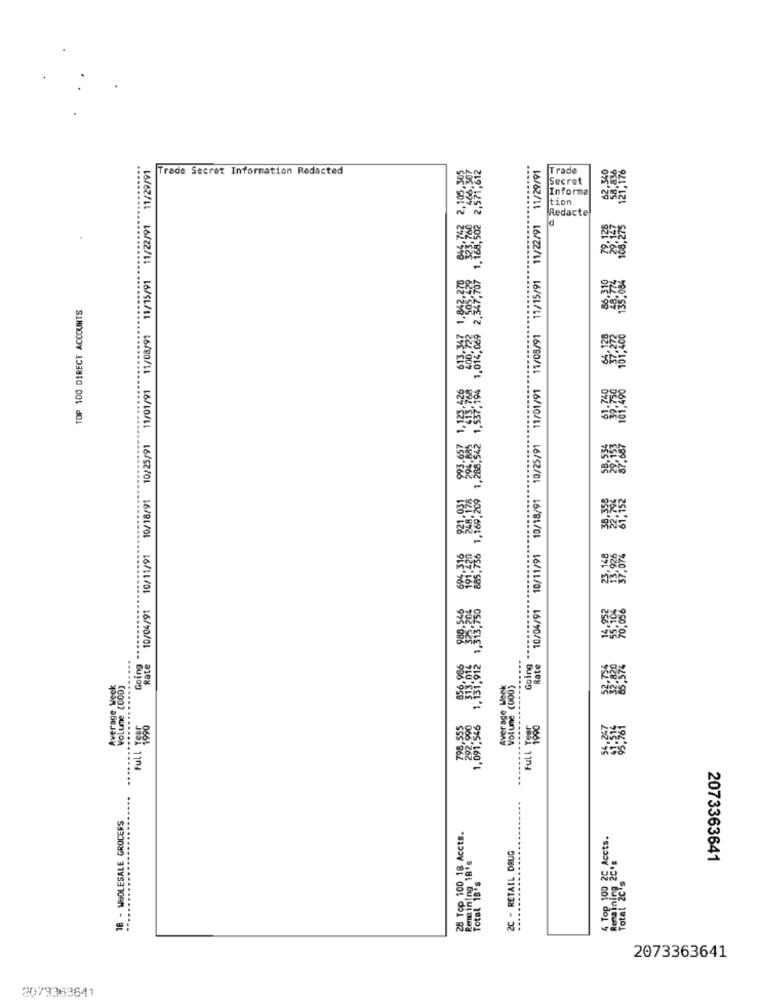
10/25/91 11/01/91 11/08/91 11/15/91 11/22/91 11/29/91
酸奶 ,離開,路將 魚湯 . . ### ## ## # ##
11/01/91 11/05/91 11/15/91 11/22/91 11/29/91
Trade Secret Information Redacted
Trado
Secret
2 tion
Redacte
11/22/91
TOP 100 DIRECT ACCOUNTS
10/11/91 10/18/91 10/25/91
10/18/91
10/11/91
10/04/91
10/04/91
Going **
...................
Rate
Going
Rate
Average Weck
Volume (000)
Average Week
Volume (000)
Full 1890
Ful L
18 - WHOLESALE GROCERS
28 Top 100 18 Accts.
Top 100 26. Accts.
2C - RETAIL DRUG
Remaining_18's
2073363641
Total 18's
2073363641
2079363641